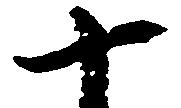
十